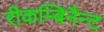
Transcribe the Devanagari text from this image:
रीकम्बिनैन्ट